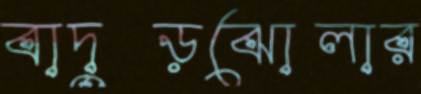
বাদুড়ঝোলার